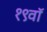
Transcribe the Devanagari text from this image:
१९वॉ